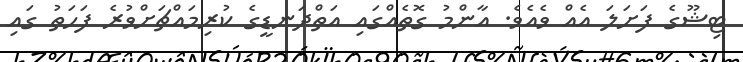
ޓިޝޫގެ ފަށަލަ އެއް ވެއެވެ. އާންމު ގޮތެއްގައި އަތްދަނޑީގެ ކުރިމައްޗަށްވުރެ ފަހަތު ގައި